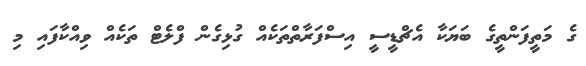
ގެ މަތީފަންތީގެ ބަޔަކާ އެޗްޑީސީ އިސްފަރާތްތަކެއް ގުޅިގެން ފްލެޓް ތަކެއް ވިއްކާފައި މި